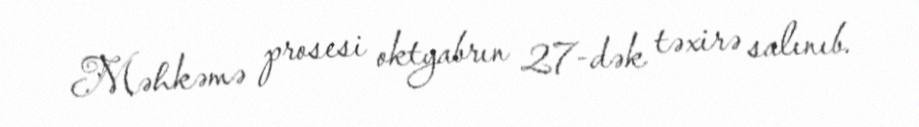
Məhkəmə prosesi oktyabrın 27-dək təxirə salınıb.